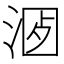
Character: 𣶡